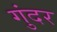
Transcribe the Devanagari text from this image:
गुंदर